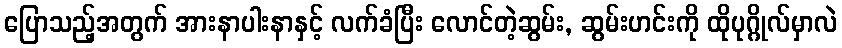
ပြောသည့်အတွက် အားနာပါးနာနှင့် လက်ခံပြီး လောင်တဲ့ဆွမ်း, ဆွမ်းဟင်းကို ထိုပုဂ္ဂိုလ်မှာလဲ